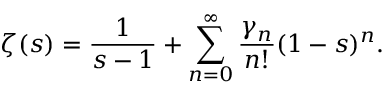
\zeta ( s ) = { \frac { 1 } { s - 1 } } + \sum _ { n = 0 } ^ { \infty } { \frac { \gamma _ { n } } { n ! } } ( 1 - s ) ^ { n } .